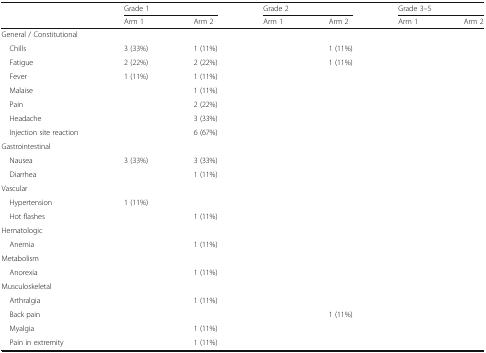
<table><thead><tr><td rowspan="2"></td><td colspan="2"><b>Grade 1</b></td><td colspan="2"><b>Grade 2</b></td><td colspan="2"><b>Grade 3–5</b></td></tr><tr><td><b>Arm 1</b></td><td><b>Arm 2</b></td><td><b>Arm 1</b></td><td><b>Arm 2</b></td><td><b>Arm 1</b></td><td><b>Arm 2</b></td></tr></thead><tbody><tr><td colspan="7">General / Constitutional</td></tr><tr><td> Chills</td><td>3 (33%)</td><td>1 (11%)</td><td></td><td>1 (11%)</td><td></td><td></td></tr><tr><td> Fatigue</td><td>2 (22%)</td><td>2 (22%)</td><td></td><td>1 (11%)</td><td></td><td></td></tr><tr><td> Fever</td><td>1 (11%)</td><td>1 (11%)</td><td></td><td></td><td></td><td></td></tr><tr><td> Malaise</td><td></td><td>1 (11%)</td><td></td><td></td><td></td><td></td></tr><tr><td> Pain</td><td></td><td>2 (22%)</td><td></td><td></td><td></td><td></td></tr><tr><td> Headache</td><td></td><td>3 (33%)</td><td></td><td></td><td></td><td></td></tr><tr><td> Injection site reaction</td><td></td><td>6 (67%)</td><td></td><td></td><td></td><td></td></tr><tr><td colspan="7">Gastrointestinal</td></tr><tr><td> Nausea</td><td>3 (33%)</td><td>3 (33%)</td><td></td><td></td><td></td><td></td></tr><tr><td> Diarrhea</td><td></td><td>1 (11%)</td><td></td><td></td><td></td><td></td></tr><tr><td colspan="7">Vascular</td></tr><tr><td> Hypertension</td><td>1 (11%)</td><td></td><td></td><td></td><td></td><td></td></tr><tr><td> Hot flashes</td><td></td><td>1 (11%)</td><td></td><td></td><td></td><td></td></tr><tr><td colspan="7">Hematologic</td></tr><tr><td> Anemia</td><td></td><td>1 (11%)</td><td></td><td></td><td></td><td></td></tr><tr><td colspan="7">Metabolism</td></tr><tr><td> Anorexia</td><td></td><td>1 (11%)</td><td></td><td></td><td></td><td></td></tr><tr><td colspan="7">Musculoskeletal</td></tr><tr><td> Arthralgia</td><td></td><td>1 (11%)</td><td></td><td></td><td></td><td></td></tr><tr><td> Back pain</td><td></td><td></td><td></td><td>1 (11%)</td><td></td><td></td></tr><tr><td> Myalgia</td><td></td><td>1 (11%)</td><td></td><td></td><td></td><td></td></tr><tr><td> Pain in extremity</td><td></td><td>1 (11%)</td><td></td><td></td><td></td><td></td></tr></tbody></table>